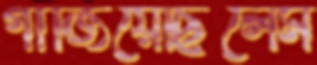
গাঁজিয়েছিলেম